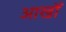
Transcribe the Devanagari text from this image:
आखोँ